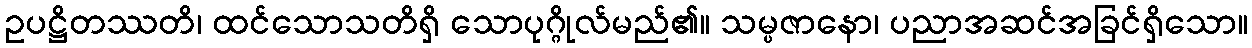
ဥပဋ္ဌိတဿတိ၊ ထင်သောသတိရှိ သောပုဂ္ဂိုလ်မည်၏။ သမ္ပဇာနော၊ ပညာအဆင်အခြင်ရှိသော။